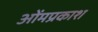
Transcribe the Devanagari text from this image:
ओंमप्रकाश